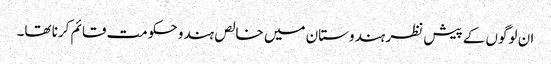
ان لوگوں کے پیش نظر ہندوستان میں خالص ہندو حکومت قائم کرنا تھا۔